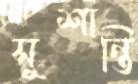
সুশান্তি